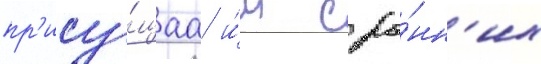
пр'ису́щаа и́м с ра́нн'их